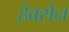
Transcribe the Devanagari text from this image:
हैक्सेन